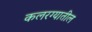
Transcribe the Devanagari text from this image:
कलरग्यातील